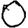
Digit: 0